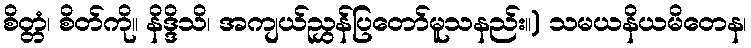
စိတ္တံ၊ စိတ်ကို။ နိဒ္ဒိသိ၊ အကျယ်ညွှန်ပြတော်မူသနည်း။) သမယနိယမိတေန၊